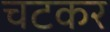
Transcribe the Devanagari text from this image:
चटकर